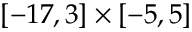
\left[ - 1 7 , 3 \right] \times \left[ - 5 , 5 \right]